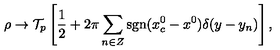
\rho \to { \cal T } _ { p } \left[ { \frac { 1 } { 2 } } + 2 \pi \sum _ { n \in Z } \mathrm { s g n } ( x _ { c } ^ { 0 } - x ^ { 0 } ) \delta ( y - y _ { n } ) \right] ,